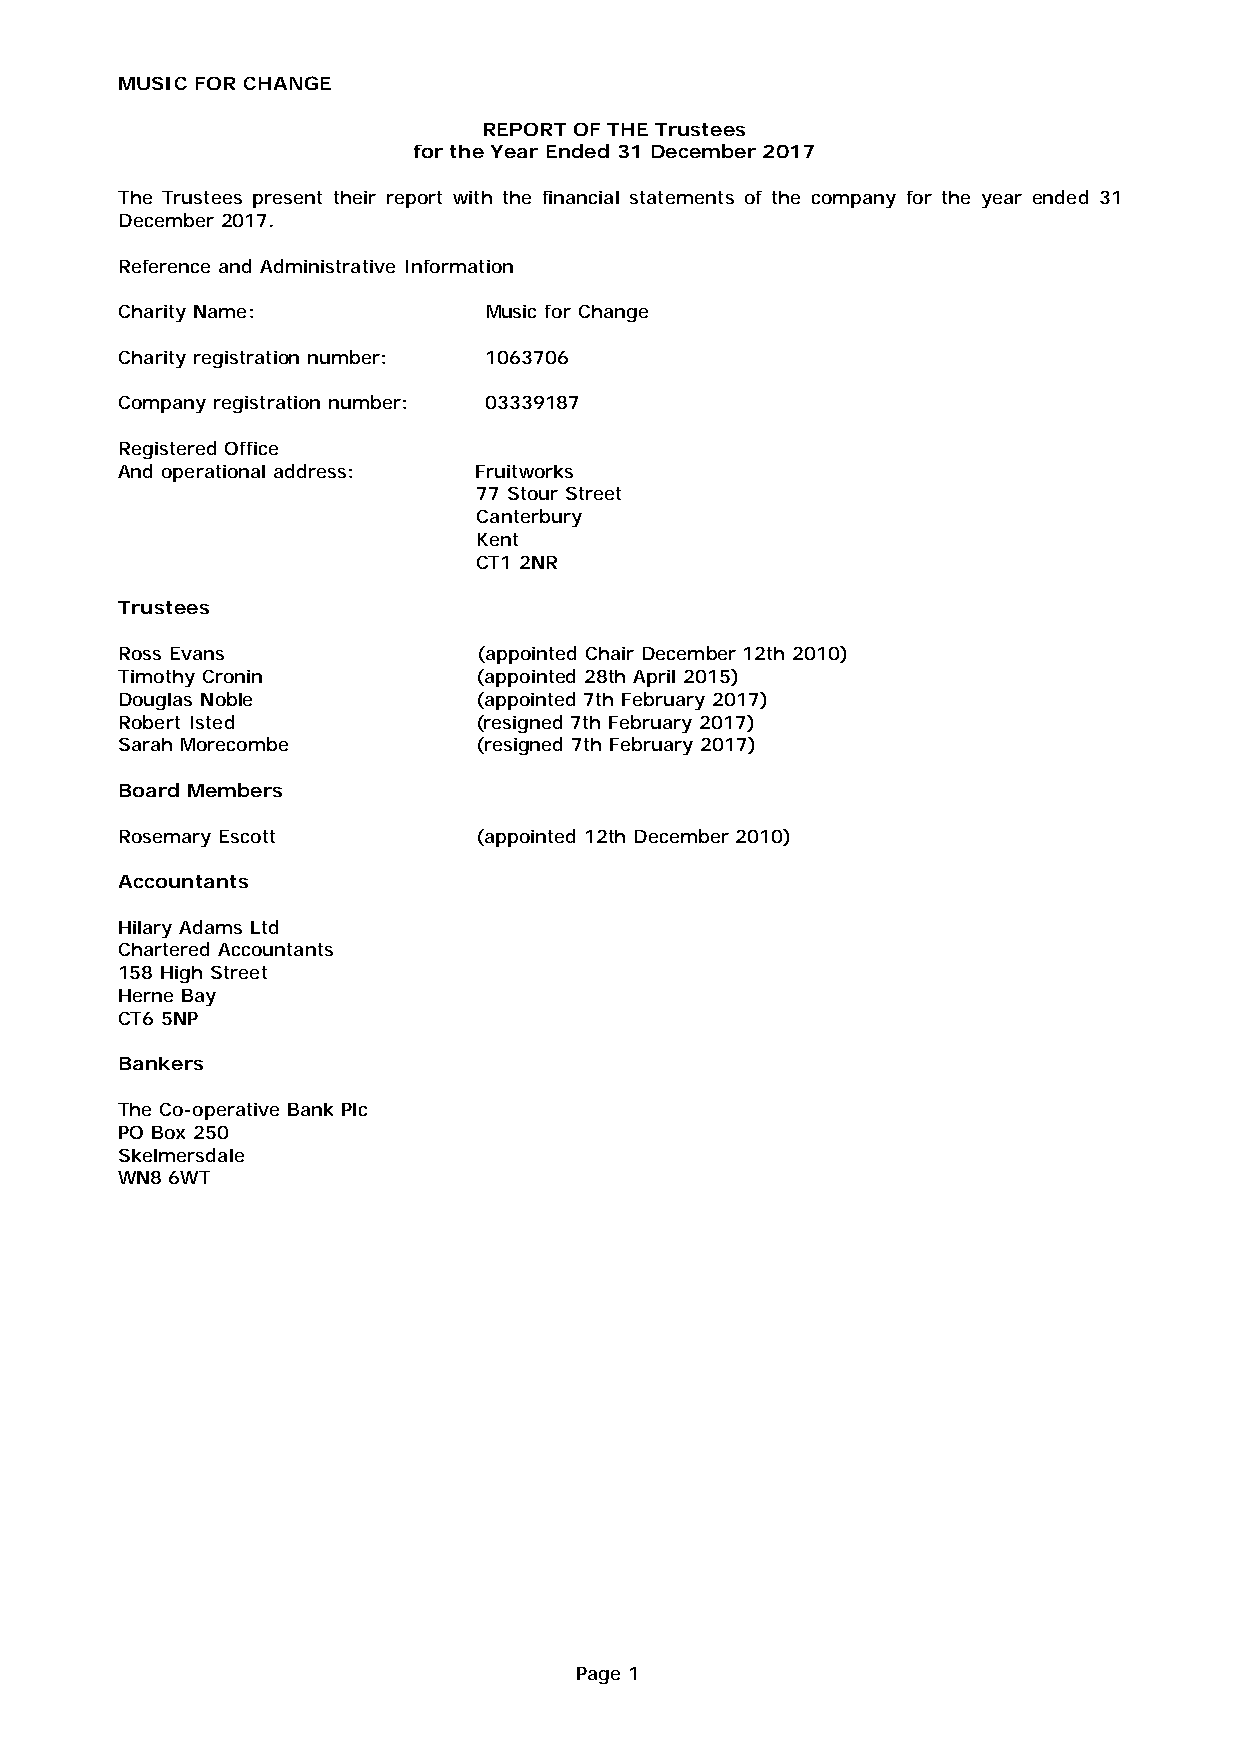
MUSIC FOR CHANGE
 REPORT OF THE Trustees
 for the Year Ended 31 December 2017
 The Trustees present their report with the financial statements of the company for the year ended 31
 December 2017.
 Reference and Administrative Information
 Charity Name:    Music for Change
 Charity registration number: 1063706
 Company registration number: 03339187
 Registered Office
 And operational address: Fruitworks
 77 Stour Street
 Canterbury
 Kent
 CT1 2NR
 Trustees
 Ross Evans     (appointed Chair December 12th 2010)
 Timothy Cronin   (appointed 28th April 2015)
 Douglas Noble    (appointed 7th February 2017)
 Robert Isted    (resigned 7th February 2017)
 Sarah Morecombe    (resigned 7th February 2017)
 Board Members
 Rosemary Escott  (appointed 12th December 2010)
 Accountants
 Hilary Adams Ltd
 Chartered Accountants
 158 High Street
 Herne Bay
 CT6 5NP
 Bankers
 The Co-operative Bank Plc
 PO Box 250
 Skelmersdale
 WN8 6WT
 Page 1